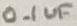
Text: 0.1uF